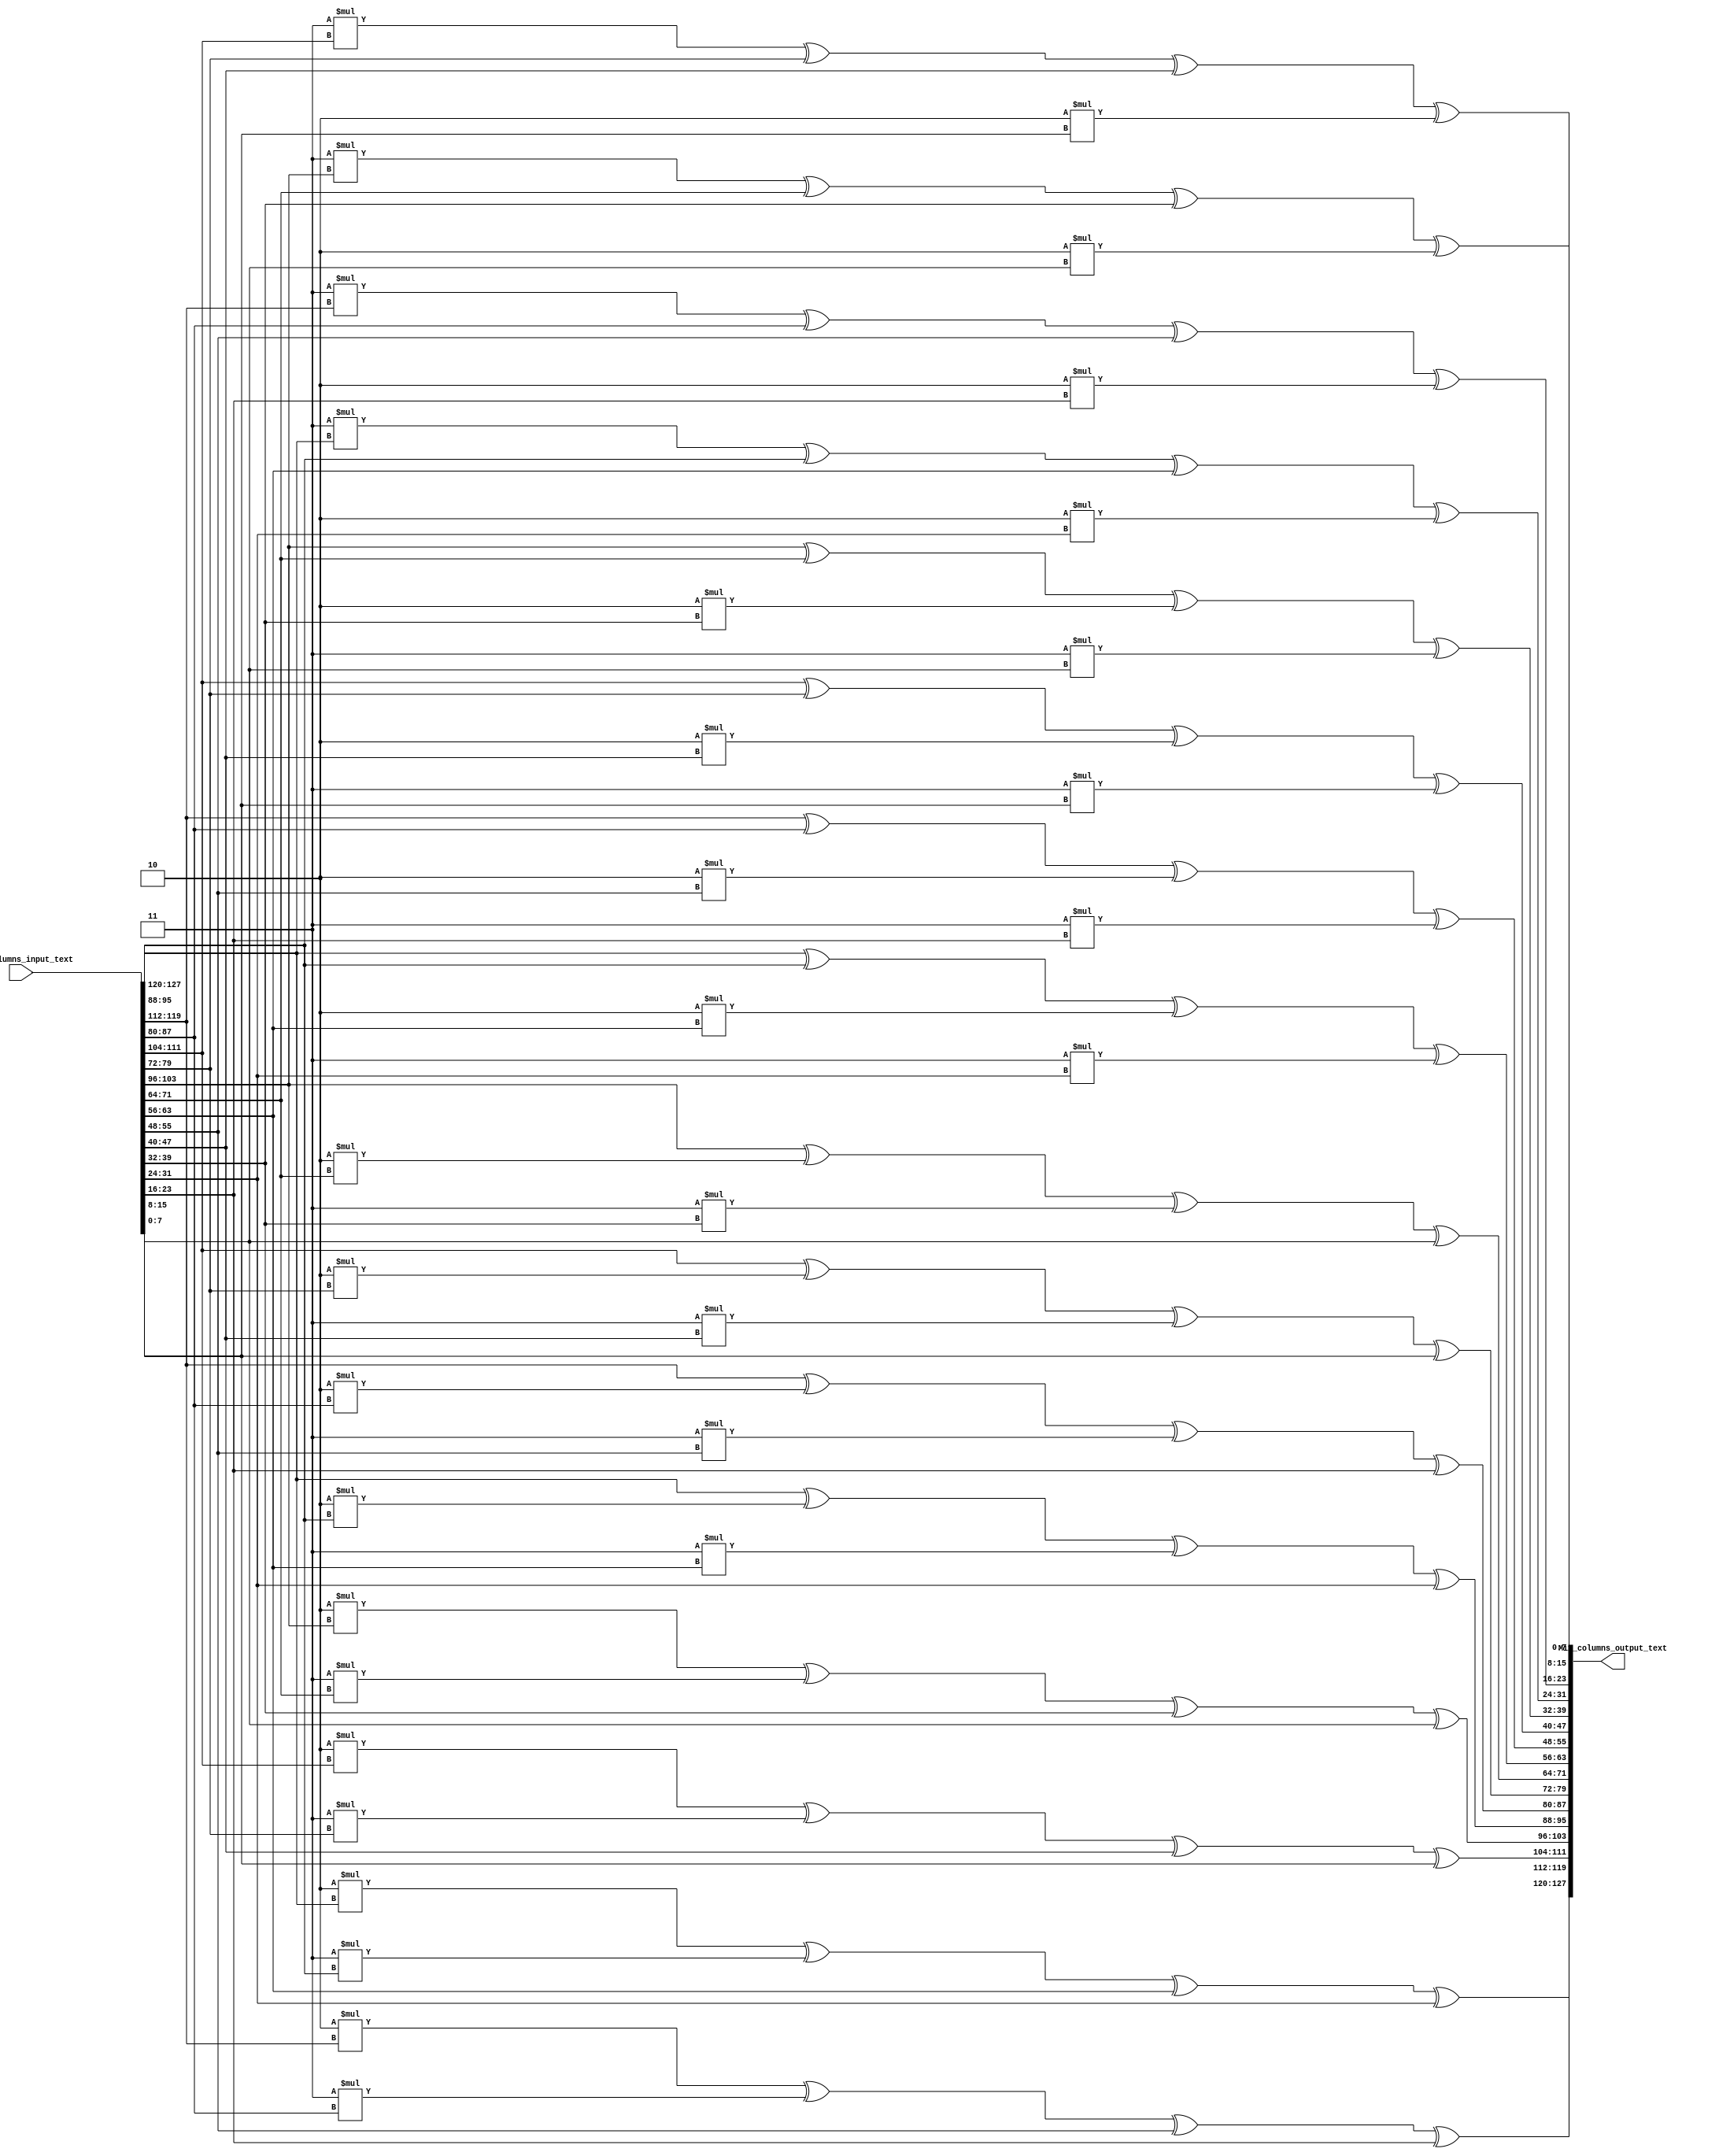
`timescale 1ns / 1ps
//////////////////////////////////////////////////////////////////////////////////
// Company: 
// Engineer: 
// 
// Design Name: 
// Module Name: Mix_columns
// Project Name: 
// Target Devices: 
// Tool Versions: 
// Description: 
// 
// Dependencies: 
// 
// Revision:
// Revision 0.01 - File Created
// Additional Comments:
// 
//////////////////////////////////////////////////////////////////////////////////


module Mix_columns(
    input [127:0] Mix_columns_input_text,
    output [127:0] Mix_columns_output_text
);

wire [7:0] s00,b00;
wire [7:0] s01,b01;
wire [7:0] s02,b02;
wire [7:0] s03,b03;
///
wire [7:0] s10,b10;
wire [7:0] s11,b11;
wire [7:0] s12,b12;
wire [7:0] s13,b13;
///
wire [7:0] s20,b20;
wire [7:0] s21,b21;
wire [7:0] s22,b22;
wire [7:0] s23,b23;
///
wire [7:0] s30,b30;
wire [7:0] s31,b31;
wire [7:0] s32,b32;
wire [7:0] s33,b33;

assign {s00,s01,s02,s03,s10,s11,s12,s13,s20,s21,s22,s23,s30,s31,s32,s33} = Mix_columns_input_text;

//assignment of first row of output
assign b00 = (2*s00) ^ (3*s10) ^ s20 ^ s30;
assign b01 = (2*s01) ^ (3*s11) ^ s21 ^ s31;
assign b02 = (2*s02) ^ (3*s12) ^ s22 ^ s32;
assign b03 = (2*s03) ^ (3*s13) ^ s23 ^ s33;
//assignment of second row of output
assign b10 = s00 ^ (2*s10) ^ (3*s20) ^ s30;
assign b11 = s01 ^ (2*s11) ^ (3*s21) ^ s31;
assign b12 = s02 ^ (2*s12) ^ (3*s22) ^ s32;
assign b13 = s03 ^ (2*s13) ^ (3*s23) ^ s33;
//assignment of third row of output
assign b20 = s00 ^ s10 ^ (2*s20) ^ (3*s30);
assign b21 = s01 ^ s11 ^ (2*s21) ^ (3*s31);
assign b22 = s02 ^ s12 ^ (2*s22) ^ (3*s32);
assign b23 = s03 ^ s13 ^ (2*s23) ^ (3*s33);
//assignment of fourth row of output
assign b30 = (3*s00) ^ s10 ^ s20 ^ (2*s30);
assign b31 = (3*s01) ^ s11 ^ s21 ^ (2*s31);
assign b32 = (3*s02) ^ s12 ^ s22 ^ (2*s32);
assign b33 = (3*s03) ^ s13 ^ s23 ^ (2*s33);

assign Mix_columns_output_text = {b00,b01,b02,b03,b10,b11,b12,b13,b20,b21,b22,b23,b30,b31,b32,b33}; 

endmodule